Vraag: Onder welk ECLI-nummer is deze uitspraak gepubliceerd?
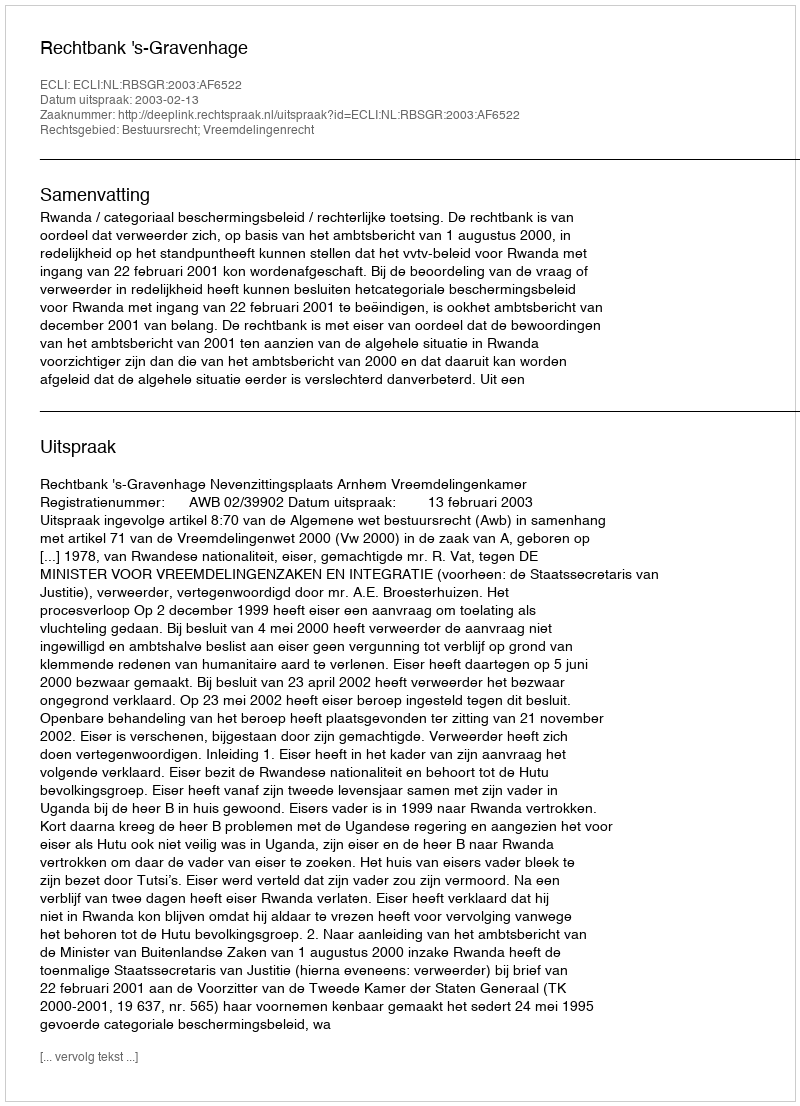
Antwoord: ECLI:NL:RBSGR:2003:AF6522